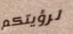
لرؤيتكم